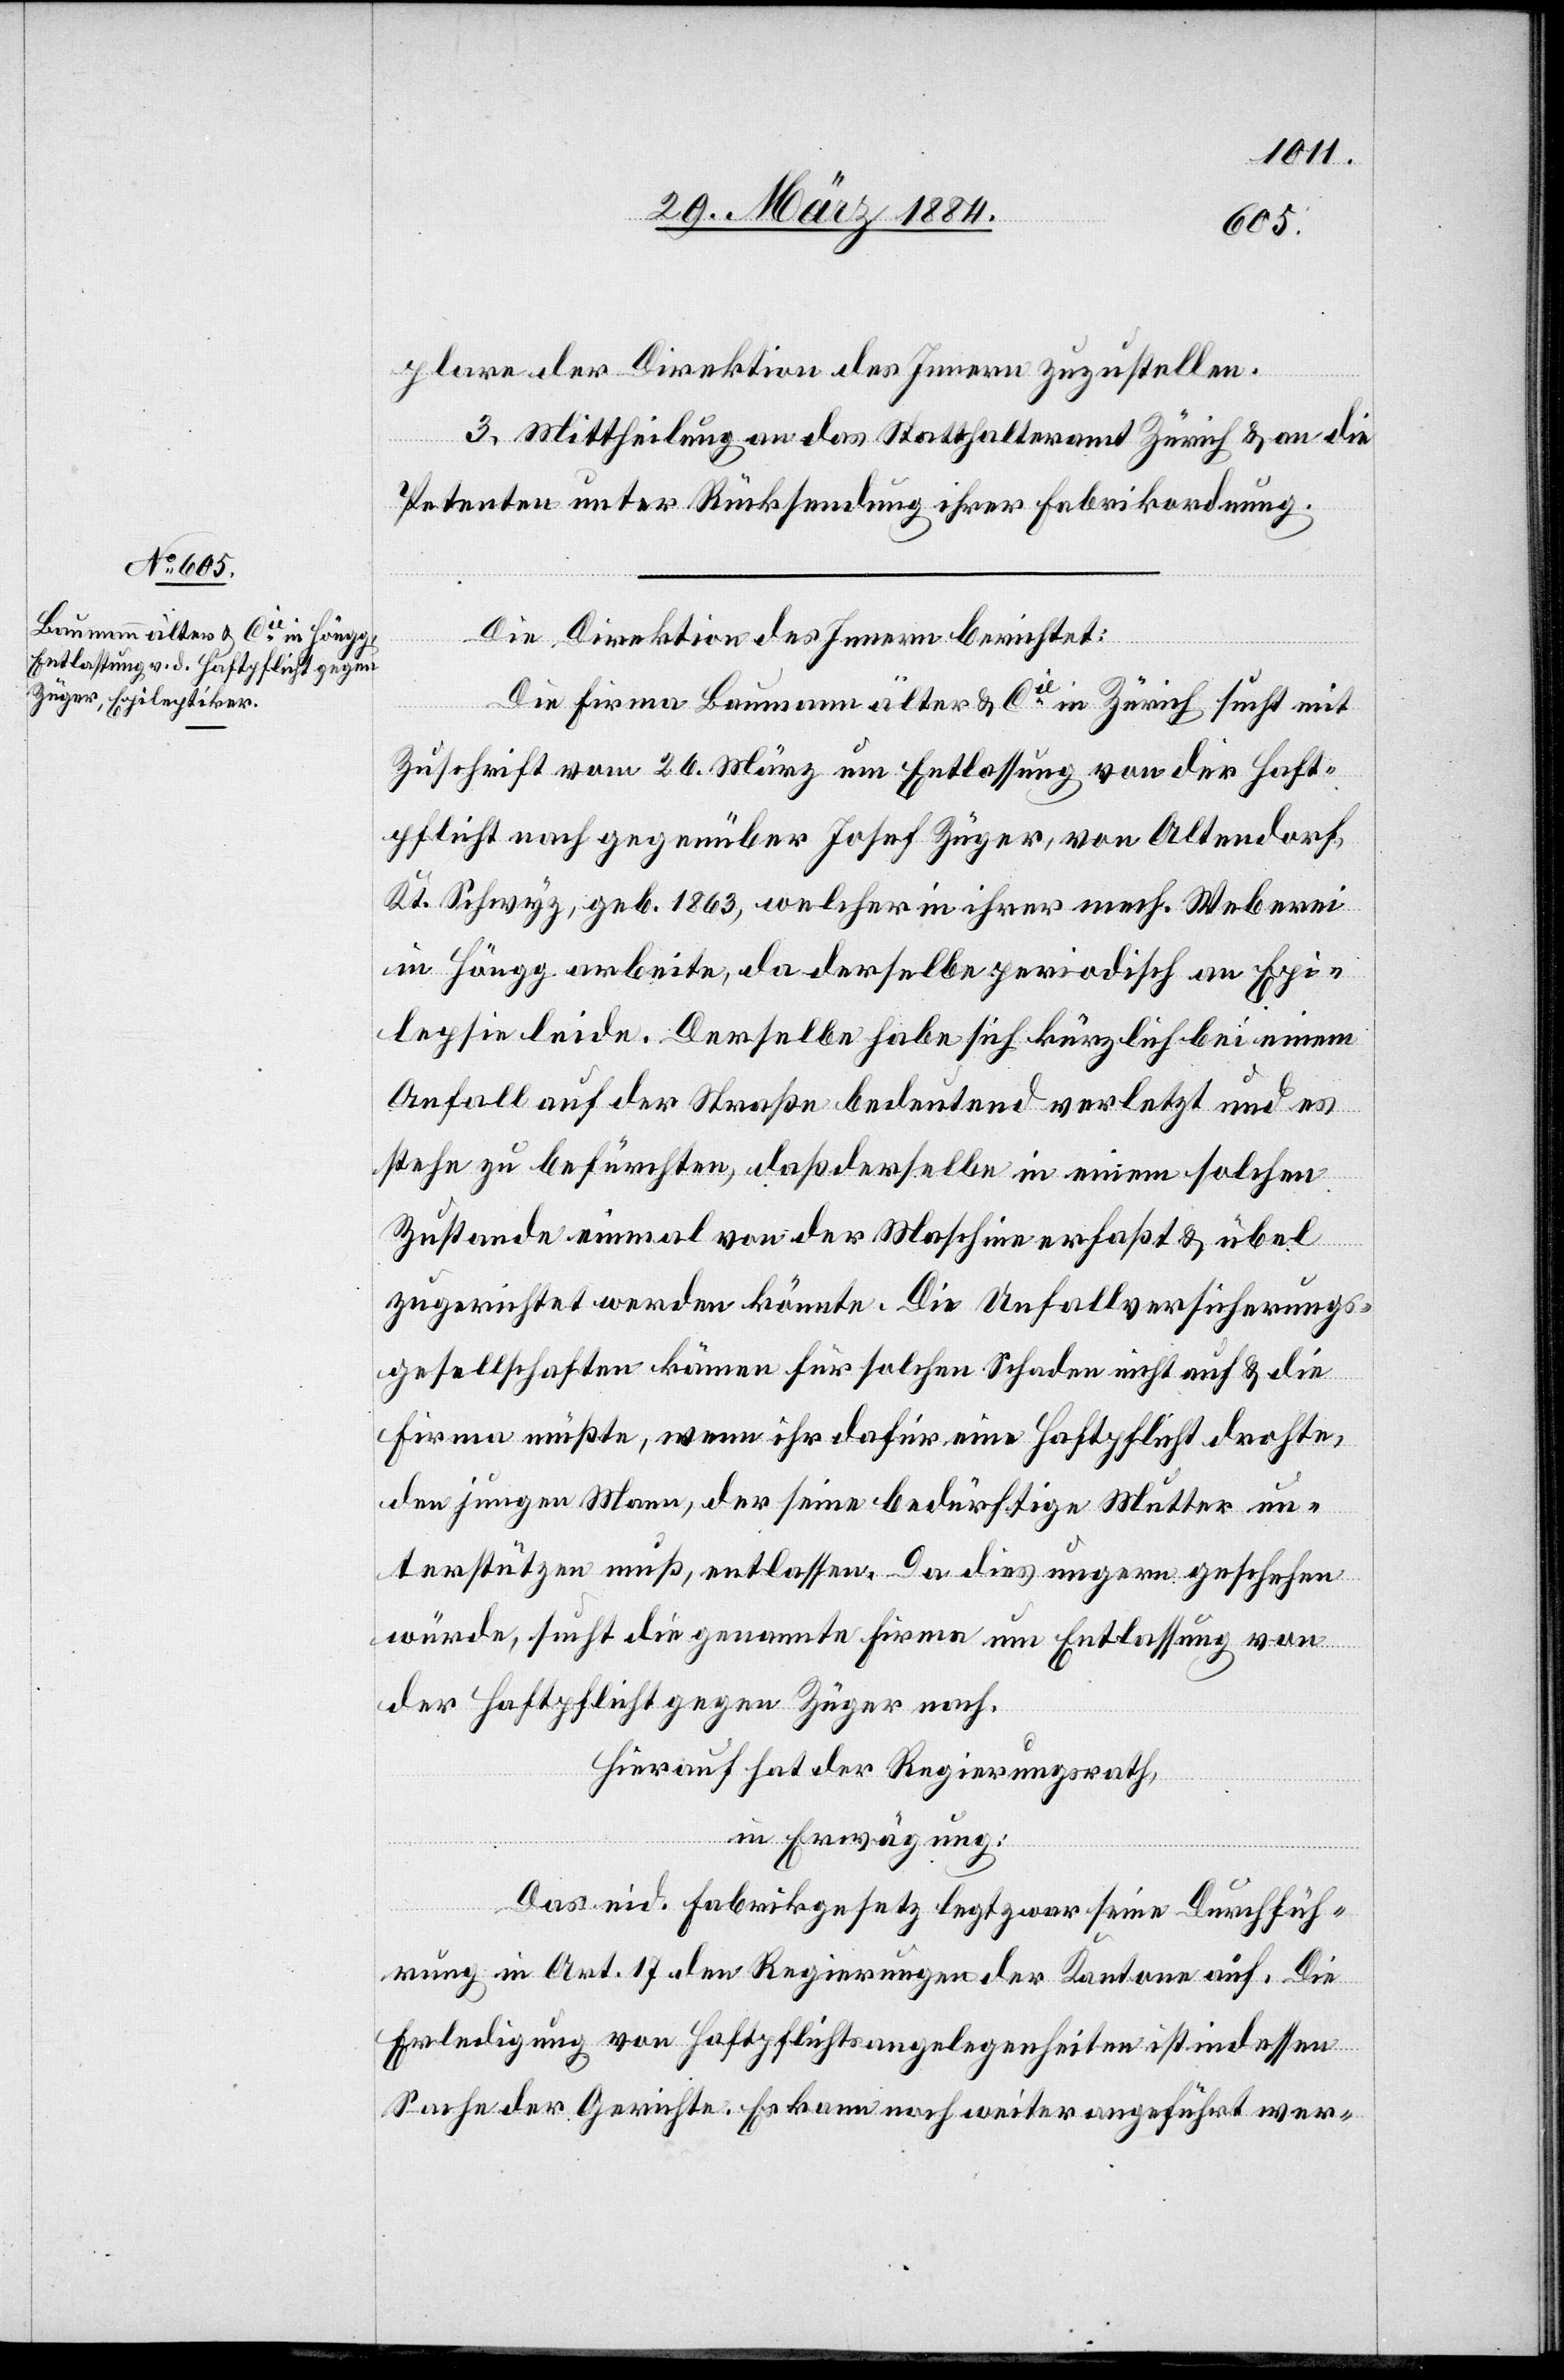
plare der Direktion des Innern zuzustellen.
III. Mittheilung an das Statthalteramt Zürich & an die
Petenten unter Rücksendung ihrer Fabrikordnung.
Die Direktion des Innern berichtet:
Die Firma Baumann älter & Cie in Zürich sucht mit
Zuschrift vom 26. März um Entlassung von der Haft¬
pflicht nach gegenüber Josef Züger, von Altendorf,
Kt. Schwyz, geb. 1863, welcher in ihrer mech. Weberei
in Höngg arbeite, da derselbe periodisch an Epi¬
lepsie leide. Derselbe habe sich kürzlich bei einem
Anfall auf der Straße bedeutend verletzt und es
stehe zu befürchten, daß derselbe in einem solchen
Zustande einmal von der Maschine erfaßt & übel
zugerichtet werden könnte. Die Unfallversicherungs¬
gesellschaften komme für solchen Schaden nicht auf & die
Firma müßte, wenn ihr dafür eine Haftpflicht drohte,
den jungen Mann, der seine bedürftige Mutter un¬
terstützen muß, entlassen. Da dies ungern geschehen
würde, sucht die genannte Firma um Entlassung von
der Haftpflicht gegen Züger nach.
Hierauf hat der Regierungsrath,
in Erwägung:
Das eid. Fabrikgesetz legt zwar seine Durchfüh¬
rung in Art. 17 den Regierungen der Kantone auf. Die
Erledigung von Haftpflichtsangelegenheiten ist indessen
Sache der Gerichte. Es kann noch weiter angeführt wer-